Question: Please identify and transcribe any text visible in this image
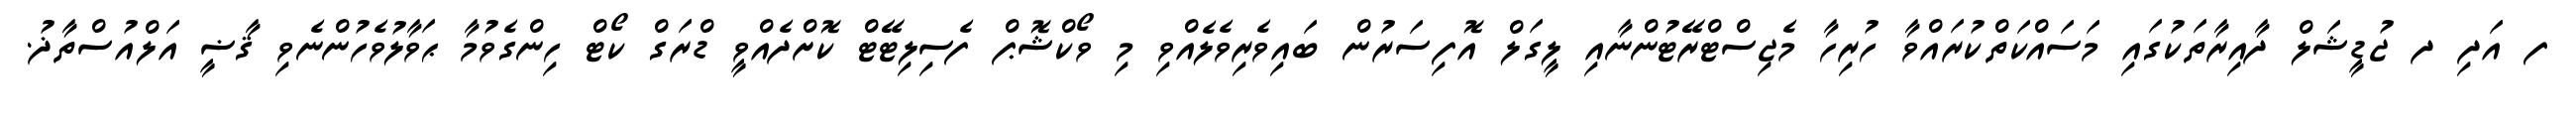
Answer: ފ އަދި ދ ޖުޑީޝަލް ދާއިރާތަކުގައި މަސައްކަތްކުރައްވާ ހުރިހާ މެޖިސްޓްރޭޓުންނާއި ލީގަލް އޮފިސަރުން ބައިވެރިވެލެއްވި މި ވޯކްޝޮޕް ފެސިލިޓޭޓް ކޮށްދެއްވީ ޑްރަގް ކޯޓް ހިންގެވުމާ ޙަވާލުވެހުންނެވި ޤާޟީ އަލްއުސްތާޛު.